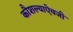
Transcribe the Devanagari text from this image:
कौशल्याऐवजी